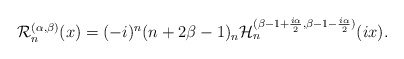
\begin{align*}\mathcal{R}^{(\alpha,\beta)}_{n}(x)=(-i)^n(n+2\beta-1)_n\mathcal{H}^{(\beta-1+\frac{i\alpha}{2},\beta-1-\frac{i\alpha}{2})}_{n}(ix).\end{align*}